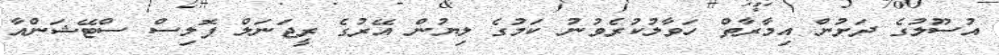
އުސޫލުގެ ދަށުން އިމާރާތް ހަވާލުކުރެވުނު ކަމުގެ ލިޔުން އޭރުގެ ރީޖަނަލް ޕޮލިސް ސްޓޭޝަންއާ